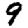
Digit: 9